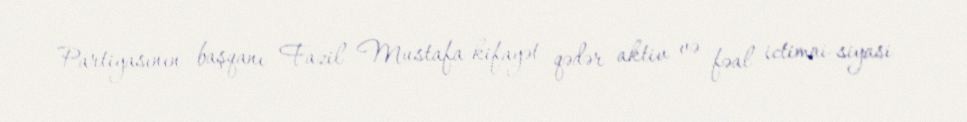
Partiyasının başqanı Fazil Mustafa kifayət qədər aktiv və fəal ictimai-siyasi